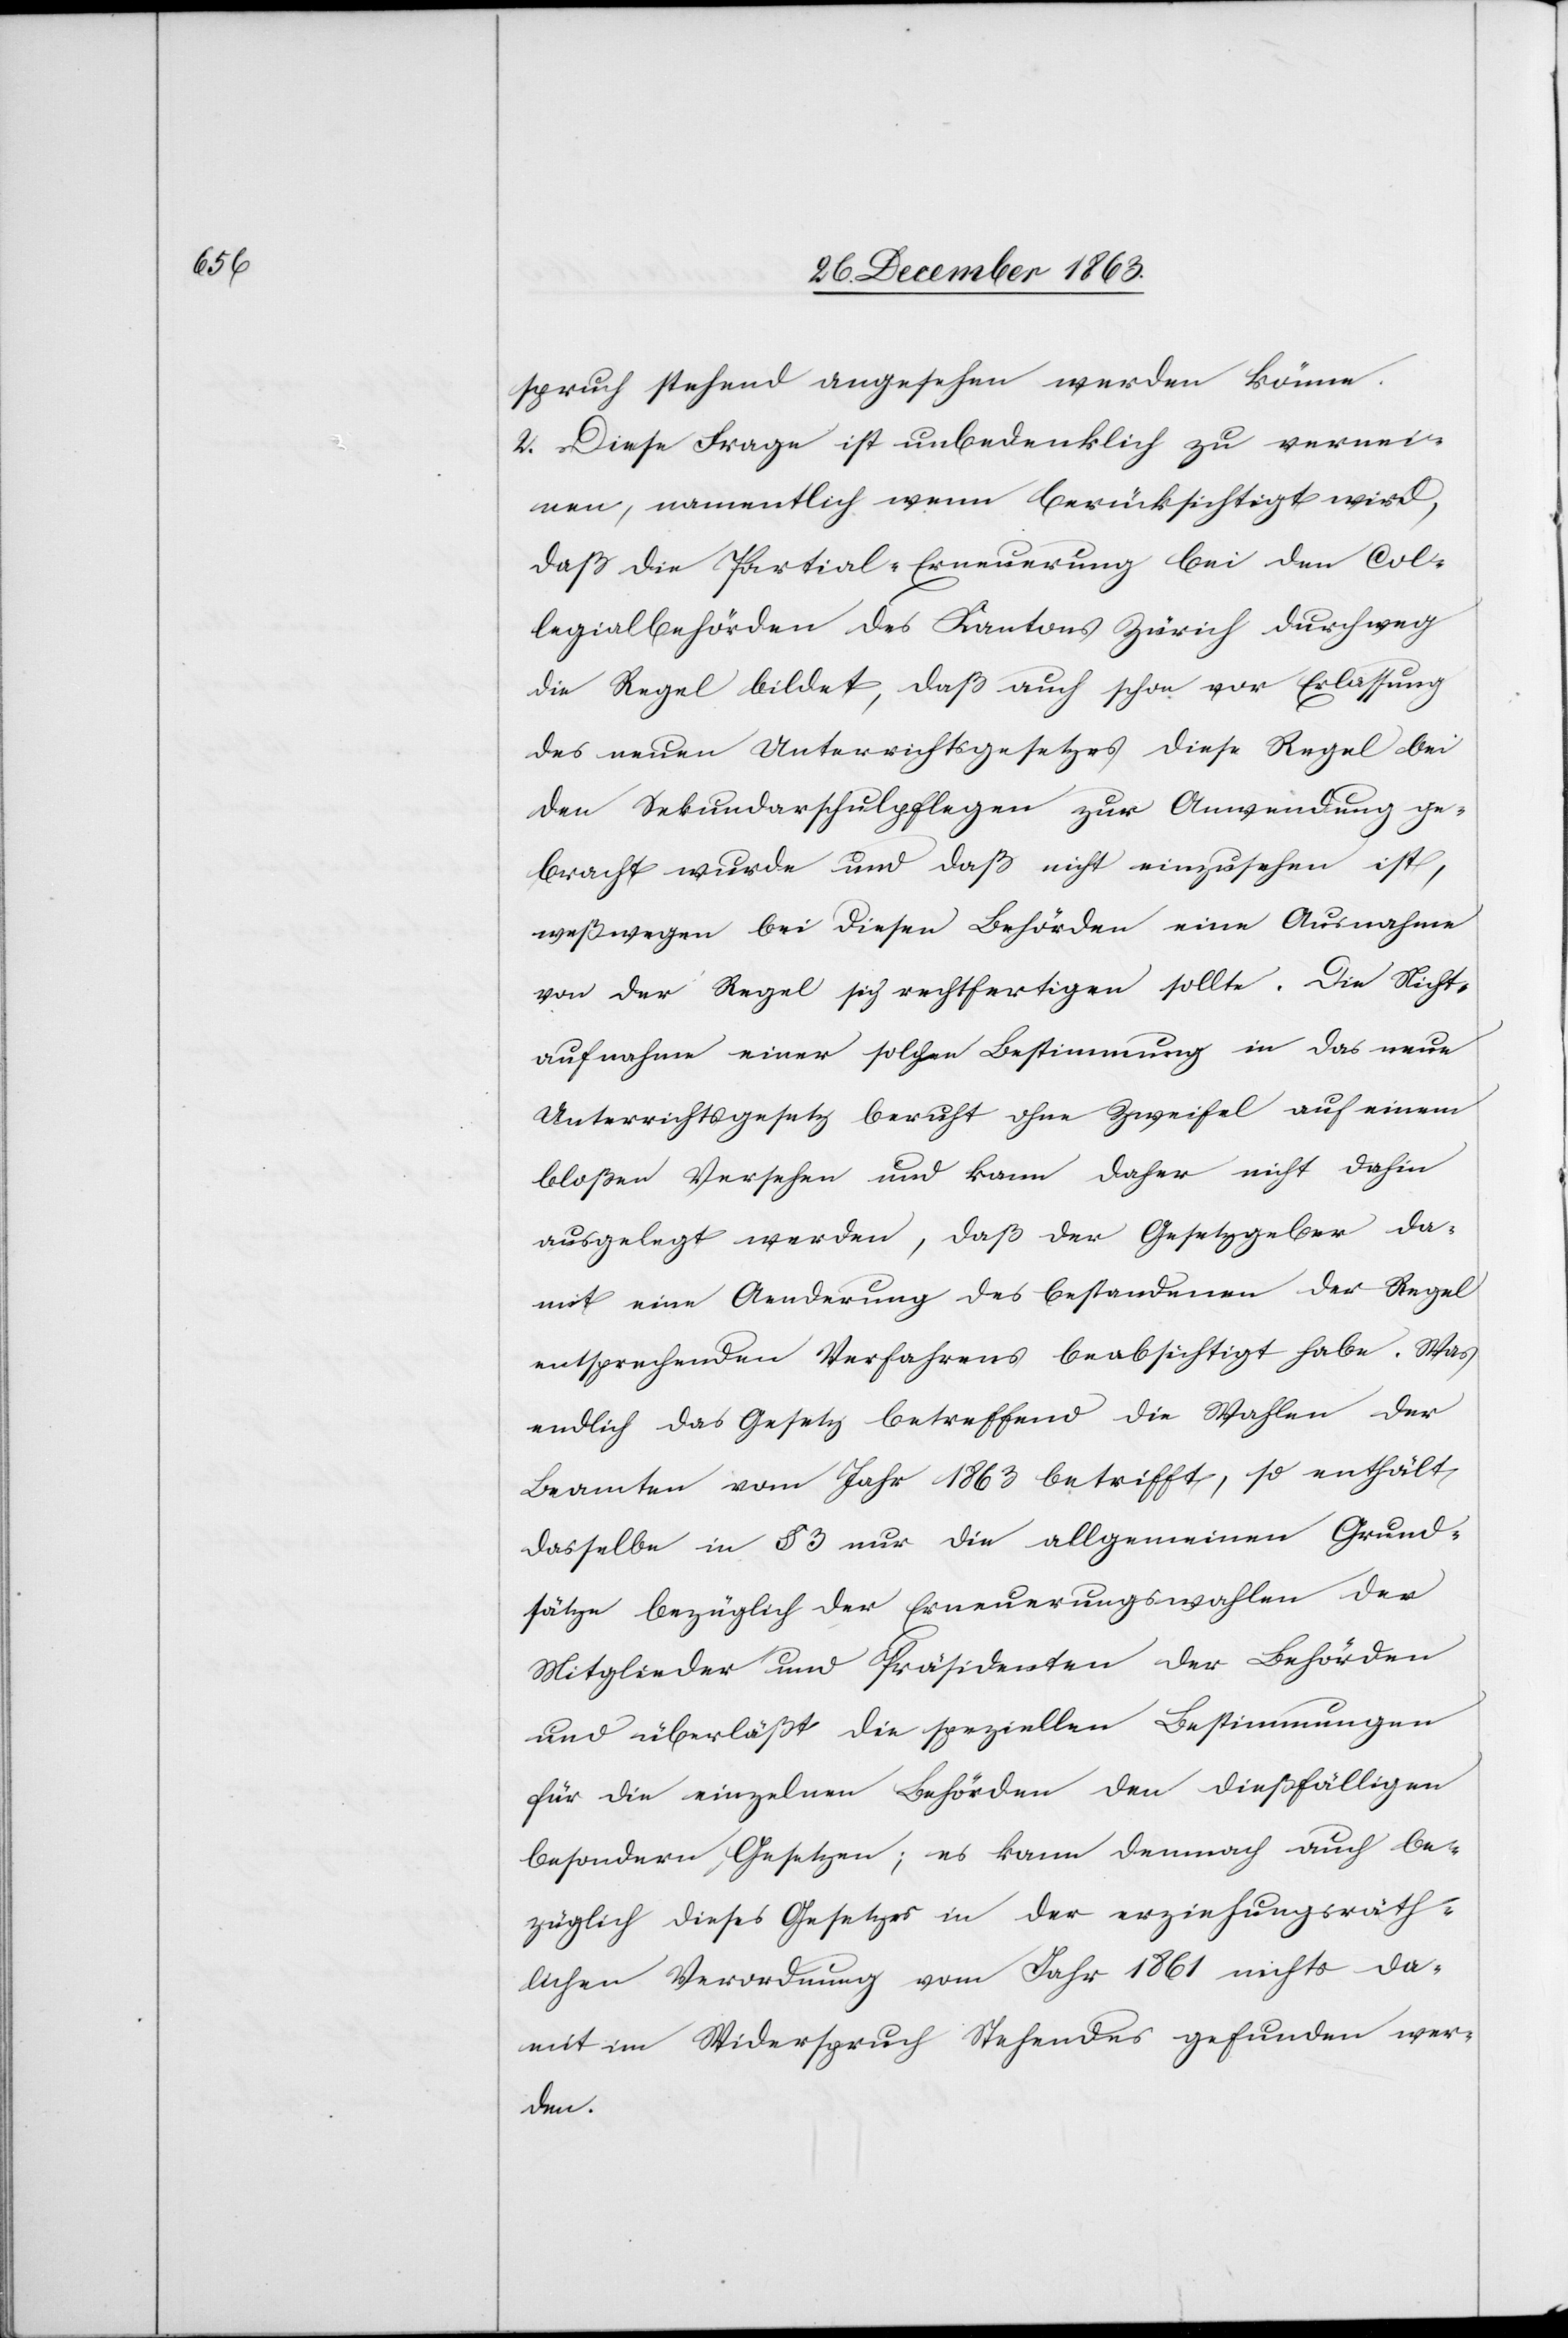
spruch stehend angesehen werden könne.
2. Diese Frage ist unbedenklich zu vernei¬
nen, namentlich wenn berücksichtigt wird,
daß die Partial-Erneuerung bei den Col¬
legialbehörden des Kantons Zürich durchweg
die Regel bildet, daß auch schon vor Erlassung
des neuen Unterrichtsgesetzes diese Regel bei
den Sekundarschulpflegen zur Anwendung ge¬
bracht wurde und daß nicht einzusehen ist,
weßwegen bei diesen Behörden eine Ausnahme
von der Regel sich rechtfertigen sollte. Die Nicht¬
aufnahme einer solchen Bestimmung in das neue
Unterrichtsgesetz beruht ohne Zweifel auf einem
bloßen Versehen und kann daher nicht dahin
ausgelegt werden, daß der Gesetzgeber da¬
mit eine Aenderung des bestandenen der Regel
entsprechenden Verfahrens beabsichtigt habe. Was
endlich das Gesetz betreffend die Wahlen der
Beamten vom Jahr 1863 betrifft, so enthält
dasselbe in § 3 nur die allgemeinen Grund¬
sätze bezüglich der Erneuerungswahlen der
Mitglieder und Präsidenten der Behörden
und überläßt die speziellen Bestimmungen
für die einzelnen Behörden den dießfälligen
besondern Gesetzen; es kann demnach auch be¬
züglich dieses Gesetzes in der erziehungsräth¬
lichen Verordnung vom Jahr 1861 nichts da¬
mit im Widerspruch Stehendes gefunden wer¬
den.